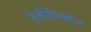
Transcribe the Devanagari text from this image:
हेलीनिकोन